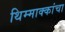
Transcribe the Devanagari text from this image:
थिम्माक्कांचा